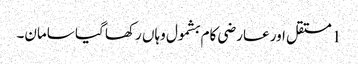
1 مستقل اور عارضی کام بشمول وہاں رکھا گیا سامان۔